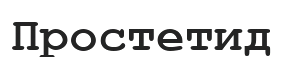
Простетид